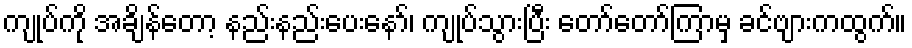
ကျုပ်ကို အချိန်တော့ နည်းနည်းပေးနော်၊ ကျုပ်သွားပြီး တော်တော်ကြာမှ ခင်ဗျားကထွက်။